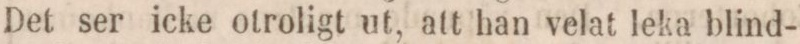
Det ser icke otroligt ut, att han velat leka blind-